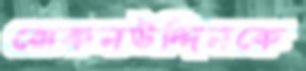
রোকনউদ্দিনকে